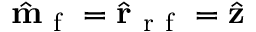
\hat { \mathbf { m } } _ { \mathrm { ~ f ~ } } = \hat { \mathbf { r } } _ { \mathrm { ~ r ~ f ~ } } = \hat { \mathbf { z } }